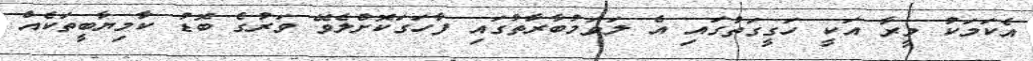
އެކަމަކު މީރާ އަކީ ހަގީގަތުގައި އެ ލަވަމުބާރާތުގައި ފާހަގަކޮށްލެވޭ ވަރުގެ ބޮޑު ކާމިޔާބީތަކެއް